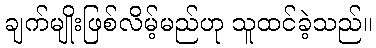
ချက်မျိုးဖြစ်လိမ့်မည်ဟု သူထင်ခဲ့သည်။